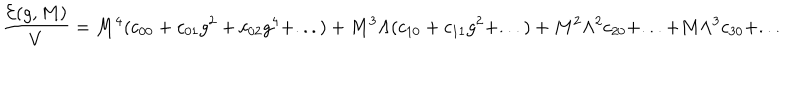
LaTeX: \frac { { \cal E } ( g , M ) } { V } = M ^ { 4 } ( c _ { 0 0 } + c _ { 0 1 } g ^ { 2 } + c _ { 0 2 } g ^ { 4 } + . . . ) + M ^ { 3 } \Lambda ( c _ { 1 0 } + c _ { 1 1 } g ^ { 2 } + . . . ) + M ^ { 2 } \Lambda ^ { 2 } c _ { 2 0 } + . . . + M \Lambda ^ { 3 } c _ { 3 0 } + . . .